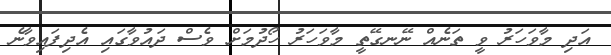
އަދި މާވަހަރު ވީ ތަނެއް ނޭނގޭތީ މާވަހަރު ހޯދުމަށް ވެސް ދައުވާގައި އެދިފައިވާނެ